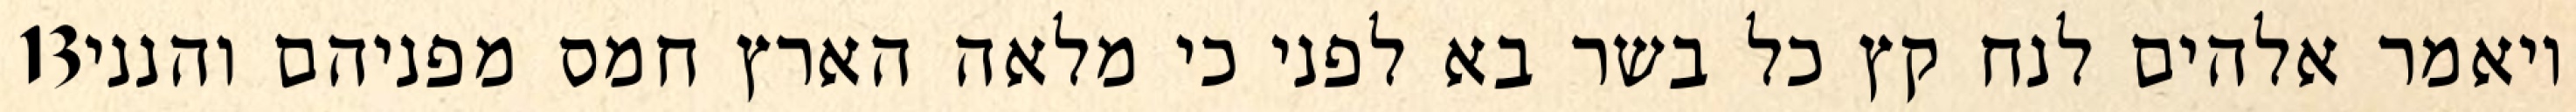
‎13‏ ויאמר אלהים לנח קץ כל בשר בא לפני כי מלאה הארץ חמס מפניהם והנני